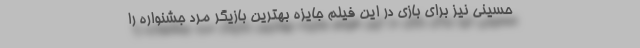
حسینی نیز برای بازی در این فیلم جایزه بهترین بازیگر مرد جشنواره را